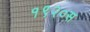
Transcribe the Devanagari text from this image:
१९२०स